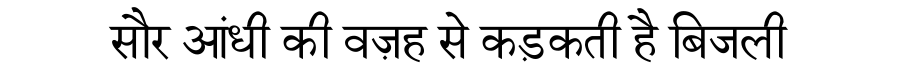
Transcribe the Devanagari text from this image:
सौर आंधी की वज़ह से कड़कती है बिजली